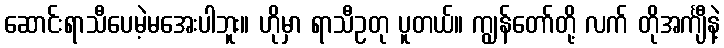
ဆောင်းရာသီပေမဲ့မအေးပါဘူး။ ဟိုမှာ ရာသီဥတု ပူတယ်။ ကျွန်တော်တို့ လက် တိုအင်္ကျီနဲ့